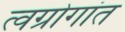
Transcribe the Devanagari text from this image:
त्वग्रोगांत